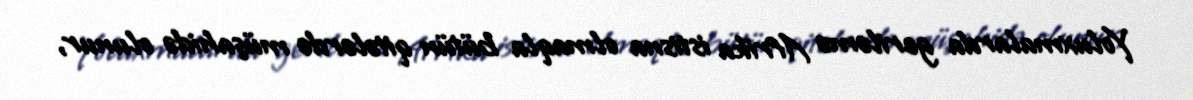
Yoluxmalarda geriləmə Afrika istisna olmaqla bütün qitələrdə müşahidə olunur,